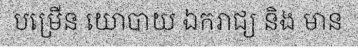
បម្រើន យោបាយ ឯករាជ្យ និង មាន